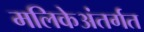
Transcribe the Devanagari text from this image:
मलिकेअंतर्गत